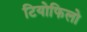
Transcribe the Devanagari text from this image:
टियोफिलो